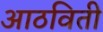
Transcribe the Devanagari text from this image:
आठविती